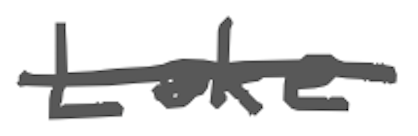
Text: Lake
Cross-out: single-line
Writing tool: digital_gray